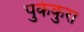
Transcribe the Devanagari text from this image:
पुकेकुरा